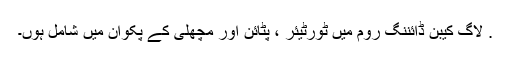
. لاگ کیبن ڈائننگ روم میں ٹورٹیئر ، پٹائن اور مچھلی کے پکوان میں شامل ہوں۔